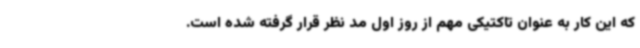
که این کار به عنوان تاکتیکی مهم از روز اول مد نظر قرار گرفته شده است.